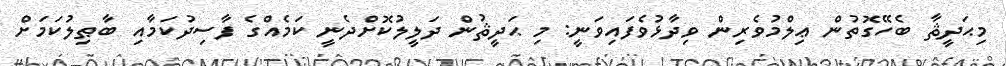
މިޙަދީޘާ ބެހޭގޮތުން ޢިލްމުވެރިން ވިދާޅުވެފައިވަނީ: މި ޙަދީޘުން ދަލީލުކޮށްދެނީ ކަމެއްގެ ފާސިދުކަމާއި ބާޠިލުކަމަށް